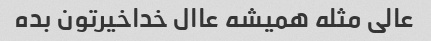
عالی مثله همیشه عاال خداخیرتون بده